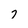
Character: 7